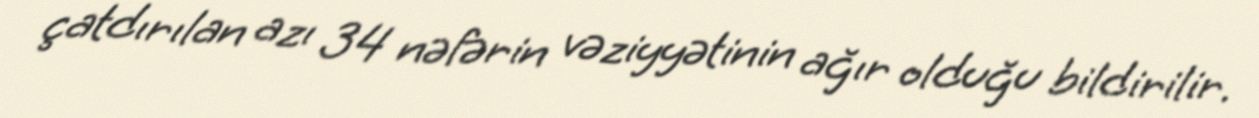
çatdırılan azı 34 nəfərin vəziyyətinin ağır olduğu bildirilir.